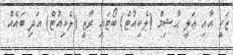
ޒަކީ އާއި ޢަލީ ޙާޝިމް (ލެކިއުޓް) ބޯޓައި ރާޒީ (ލެކިއުޓް) އަދި ބައެއް